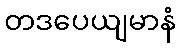
တဒပေယျမာနံ